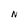
Character: N